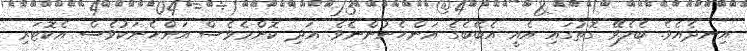
އިނދެއެވެ. ބެލެވޭ ގޮތުގައި އެއީ އެބޭބެގެ އަންހެނުންނެވެ. އަދި ކޮންމެވެސް އަންހެނަކުވެސް އެކޮޓަރި